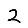
Digit: 2